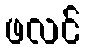
ဖလင်